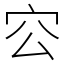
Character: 㝐